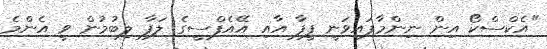
"އެކްސްކޯ އިން ނިންމާފައިވަނީ ފީފާ އާއި އޭއެފްސީގެ ލަފާ ލިބުމުން ވީ އެންމެ